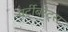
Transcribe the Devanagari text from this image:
वर्टीबरेट्स